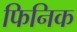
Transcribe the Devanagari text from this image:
फिनिक